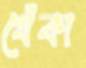
খেঁকা